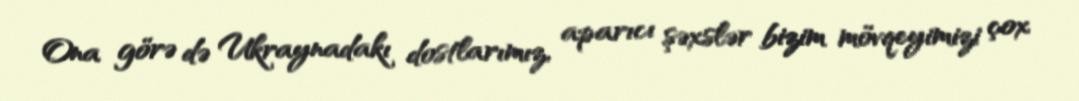
Ona görə də Ukraynadakı dostlarımız, aparıcı şəxslər bizim mövqeyimizi çox